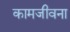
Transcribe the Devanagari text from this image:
कामजीवना